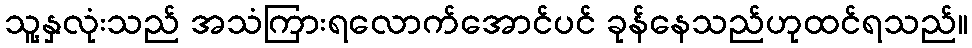
သူ့နှလုံးသည် အသံကြားရလောက်အောင်ပင် ခုန်နေသည်ဟုထင်ရသည်။